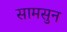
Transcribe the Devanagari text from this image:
सामसुन